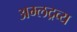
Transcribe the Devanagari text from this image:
अम्लद्रव्य